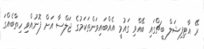
ރޭ އާޓިފިޝަލް ބީޗްގައި ބޭއްވި ގައުމީ އެއްބައިވަންތަކަމުގެ ޖަލްސާ އަށް ފޮނުއްވި ހިތާބެއްގަ